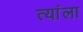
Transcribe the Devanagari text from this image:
त्यांला